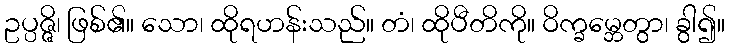
ဥပ္ပဇ္ဇိ၊ ဖြစ်၏။ သော၊ ထိုရဟန်းသည်။ တံ၊ ထိုပီတိကို။ ဝိက္ခမ္ဘေတွာ၊ ခွါ၍။